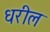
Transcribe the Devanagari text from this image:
धरील